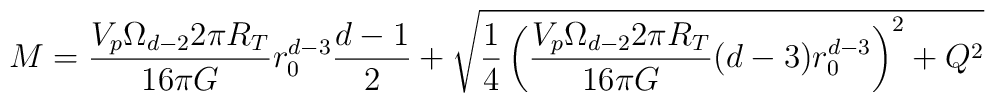
M = \frac{V_p \Omega_{d-2} 2\pi R_T}{16 \pi G}r_0^{d-3} \frac{d-1}{2}+ \sqrt{ \frac{1}{4} \left( \frac{V_p \Omega_{d-2} 2\pi R_T}{16 \pi G}(d-3) r_0^{d-3} \right)^2 + Q^2 }